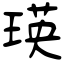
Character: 瑛